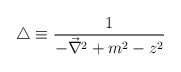
\begin{align*}\triangle \equiv \frac{1}{-\vec{\nabla}^2 +m^2 -z^2}\end{align*}